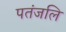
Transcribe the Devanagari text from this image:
पतंजलि